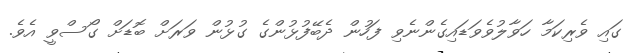
ގައި ވެރިކަމާ ހަވާލުވެވަޑައިގެންނެވި ފަހުން ދެބޭފުޅުންގެ ގުޅުން ވަރަށް ބޮޑަށް ގޯސްވީ އެވެ.